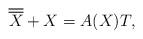
LaTeX: \begin{align*}\overline{\overline{X}}+X=A(X)T ,\end{align*}